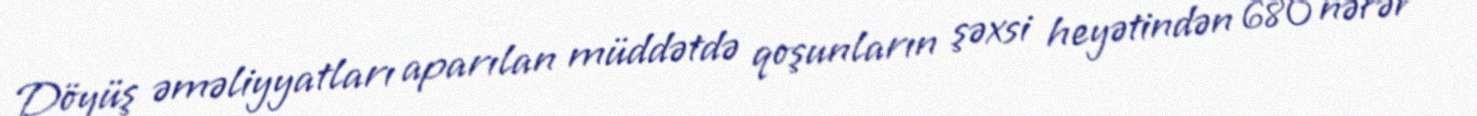
Döyüş əməliyyatları aparılan müddətdə qoşunların şəxsi heyətindən 680 nəfər